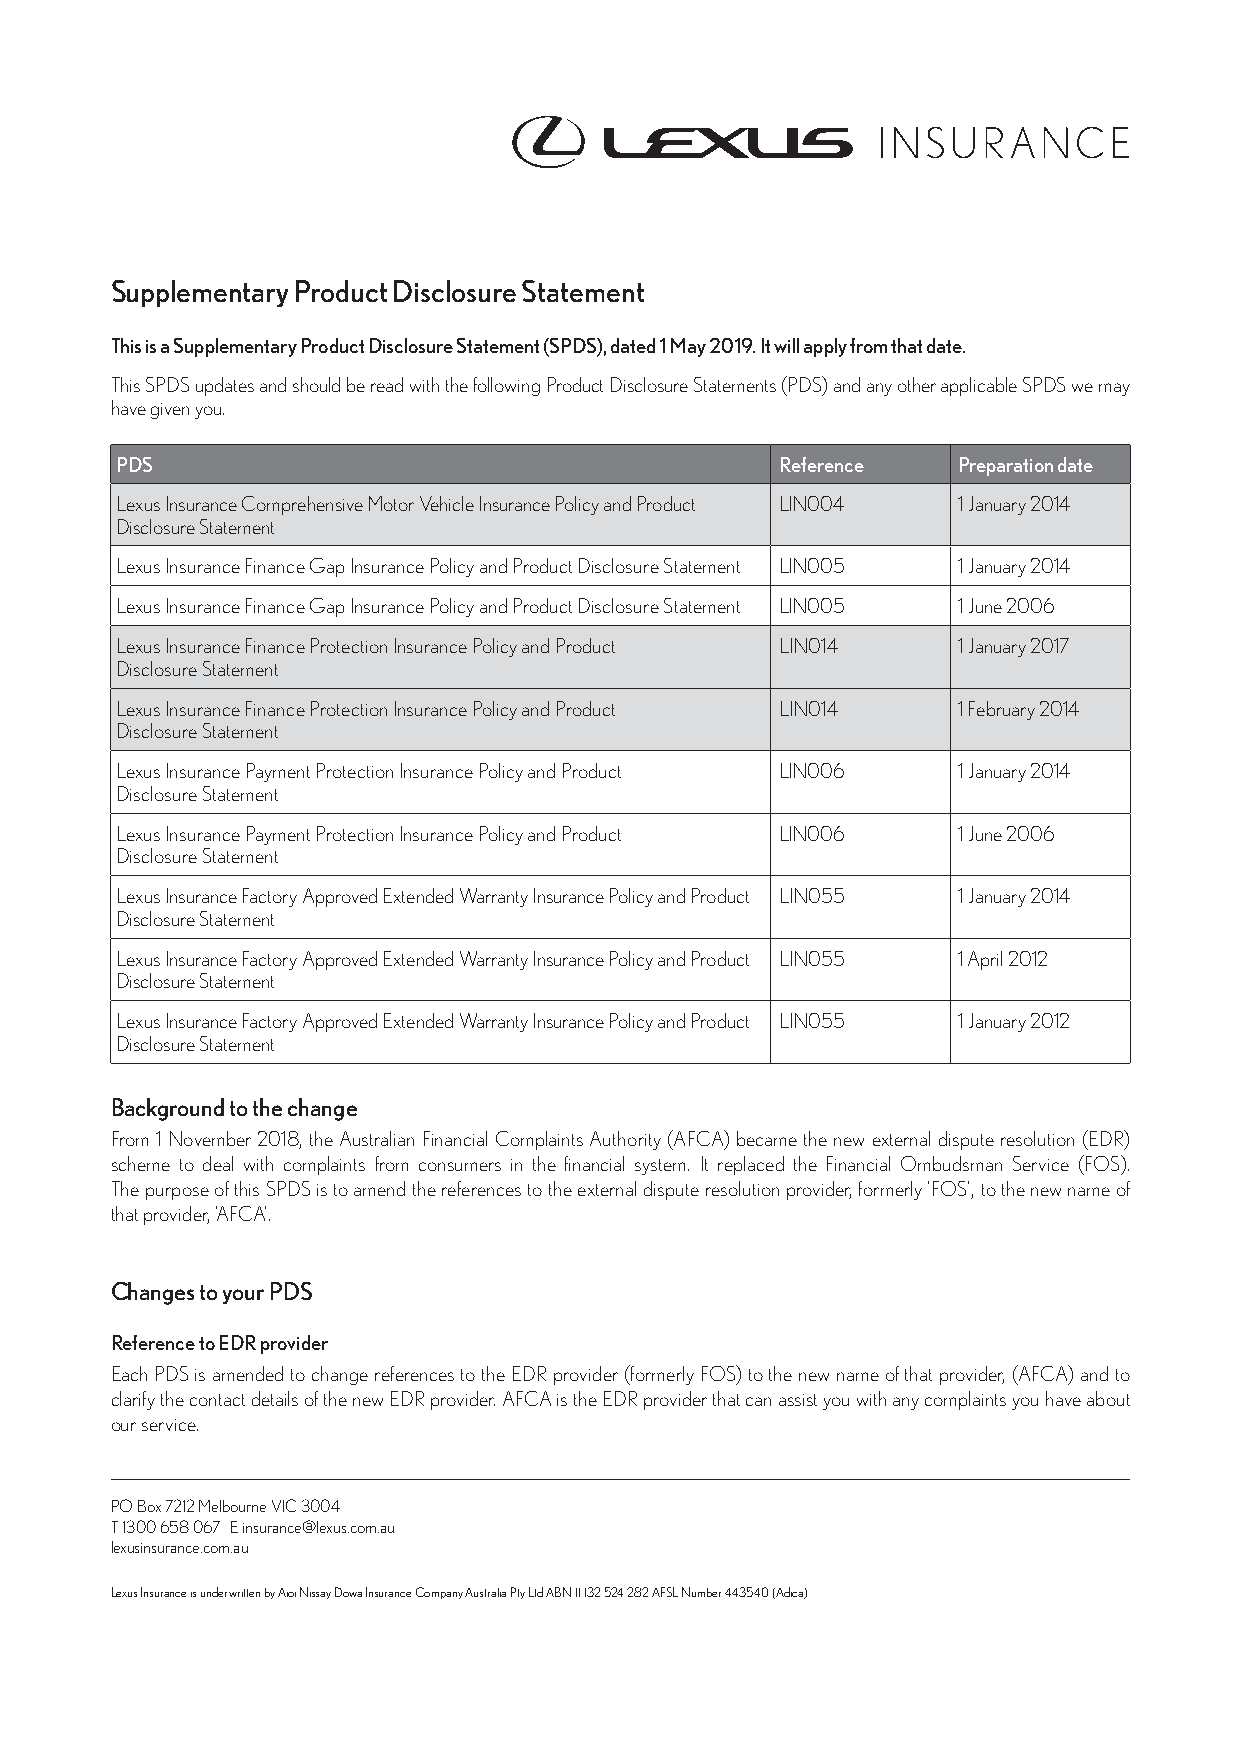
Supplementary Product Disclosure Statement
 This is a Supplementary Product Disclosure Statement (SPDS), dated 1 May 2019. It will apply from that date.
 This SPDS updates and should be read with the following Product Disclosure Statements (PDS) and any other applicable SPDS we may
 have given you.
 PDS                                         Reference  Preparation date
 Lexus Insurance Comprehensive Motor Vehicle Insurance Policy and Product LIN004 1 January 2014
 Disclosure Statement
 Lexus Insurance Finance Gap Insurance Policy and Product Disclosure Statement LIN005 1 January 2014
 Lexus Insurance Finance Gap Insurance Policy and Product Disclosure Statement LIN005 1 June 2006
 Lexus Insurance Finance Protection Insurance Policy and Product LIN014 1 January 2017
 Disclosure Statement
 Lexus Insurance Finance Protection Insurance Policy and Product LIN014 1 February 2014
 Disclosure Statement
 Lexus Insurance Payment Protection Insurance Policy and Product LIN006 1 January 2014
 Disclosure Statement
 Lexus Insurance Payment Protection Insurance Policy and Product LIN006 1 June 2006
 Disclosure Statement
 Lexus Insurance Factory Approved Extended Warranty Insurance Policy and Product LIN055 1 January 2014
 Disclosure Statement
 Lexus Insurance Factory Approved Extended Warranty Insurance Policy and Product LIN055 1 April 2012
 Disclosure Statement
 Lexus Insurance Factory Approved Extended Warranty Insurance Policy and Product LIN055 1 January 2012
 Disclosure Statement
 Background to the change
 From 1 November 2018, the Australian Financial Complaints Authority (AFCA) became the new external dispute resolution (EDR)
 scheme to deal with complaints from consumers in the financial system. It replaced the Financial Ombudsman Service (FOS).
 The purpose of this SPDS is to amend the references to the external dispute resolution provider, formerly ‘FOS’, to the new name of
 that provider, ‘AFCA’.
 Changes to your PDS
 Reference to EDR provider
 Each PDS is amended to change references to the EDR provider (formerly FOS) to the new name of that provider, (AFCA) and to
 clarify the contact details of the new EDR provider. AFCA is the EDR provider that can assist you with any complaints you have about
 our service.
 PO Box 7212 Melbourne VIC 3004
 T 1300 658 067 E insurance@lexus.com.au
 lexusinsurance.com.au
 Lexus Insurance is underwritten by Aioi Nissay Dowa Insurance Company Australia Pty Ltd ABN 11 132 524 282 AFSL Number 443540 (Adica)